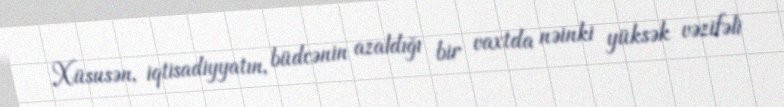
Xüsusən, iqtisadiyyatın, büdcənin azaldığı bir vaxtda nəinki yüksək vəzifəli